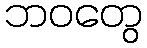
ဘဝတွေ